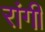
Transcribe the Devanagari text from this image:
रांगी